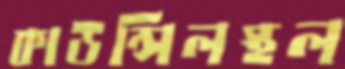
কাউন্সিলস্থল